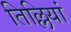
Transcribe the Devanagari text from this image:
तिल्लियां